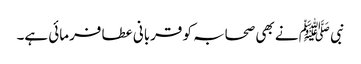
نبی ﷺ نے بھی صحابہ کو قربانی عطا فرمائی ہے۔